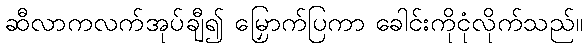
ဆီလာကလက်အုပ်ချီ၍ မြှောက်ပြကာ ခေါင်းကိုငုံလိုက်သည်။